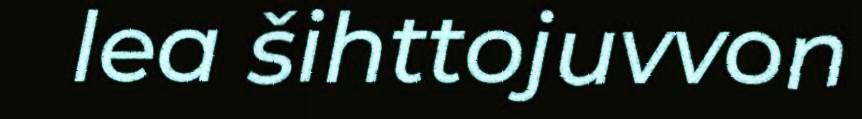
lea šihttojuvvon